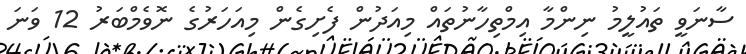
ސާނަވީ ތައުލީމު ނިންމާ އިމްތިހާނުތައް މިއަދުން ފެށިގެން މިއަހަރުގެ ނޮވެމްބަރު 12 ވަނަ